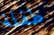
طفلة